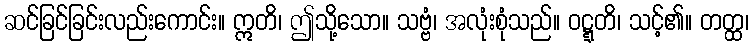
ဆင်ခြင်ခြင်းလည်းကောင်း။ ဣတိ၊ ဤသို့သော။ သဗ္ဗံ၊ အလုံးစုံသည်။ ဝဋ္ဋတိ၊ သင့်၏။ တတ္ထ၊